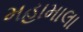
મહામાલા